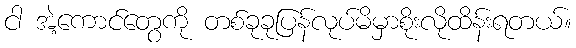
ငါ အဲ့ကောင်တွေကို တစ်ခုခုပြန်လုပ်မိမှာစိုးလိုထိန်းရတယ်။